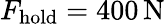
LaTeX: F_{\mathrm{hold}}=400\, \mathrm{N}